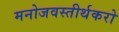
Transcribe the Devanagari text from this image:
मनोजवस्तीर्थकरो